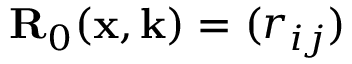
{ \mathbf { R } } _ { 0 } ( \mathbf { x } , \mathbf { k } ) = ( r _ { i j } )